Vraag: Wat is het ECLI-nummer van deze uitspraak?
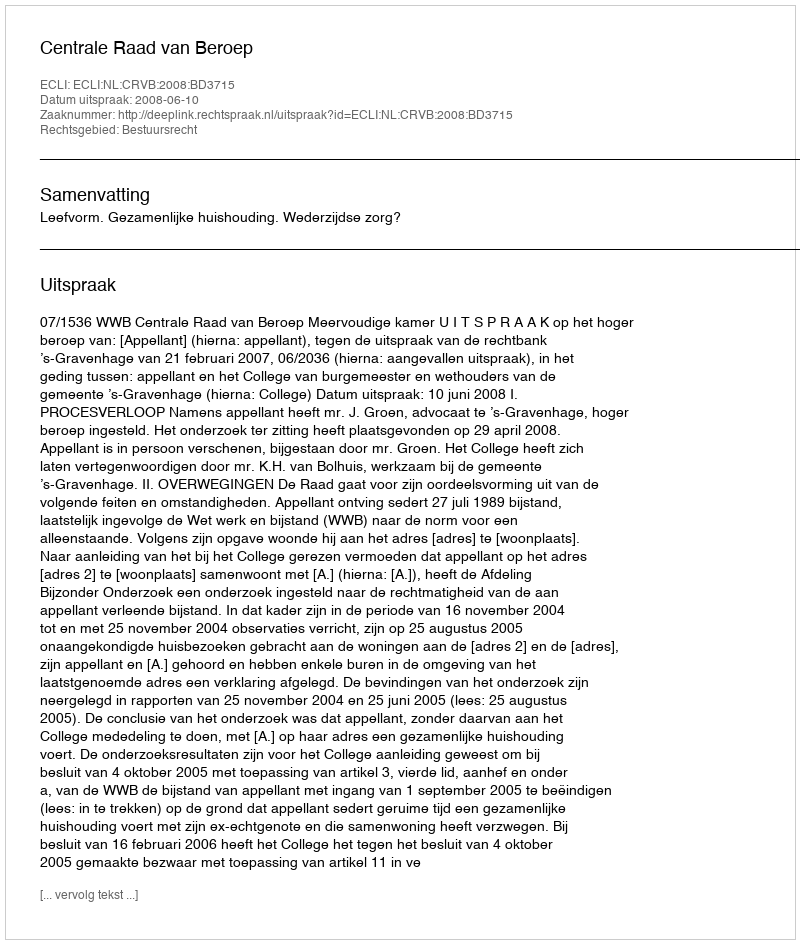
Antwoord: ECLI:NL:CRVB:2008:BD3715